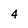
Character: 4